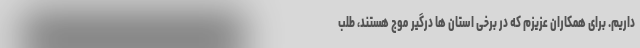
داریم. برای همکاران عزیزم که در برخی استان ها درگیر موج هستند، طلب